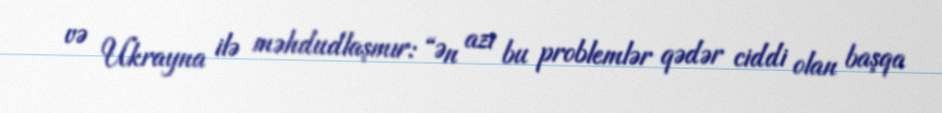
və Ukrayna ilə məhdudlaşmır: “Ən azı bu problemlər qədər ciddi olan başqa